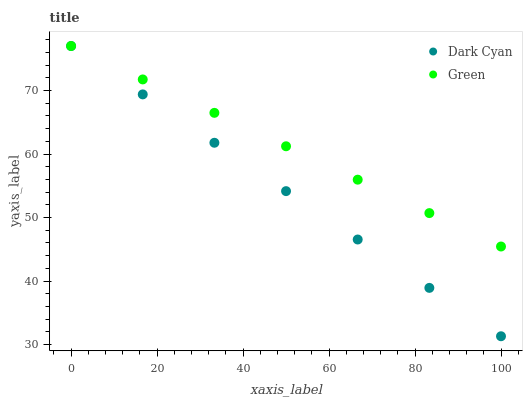
| xaxis_label | Dark Cyan | Green |
 | --- | --- | --- |
 | 0 | 77 | 77 |
 | 16.7 | 69.4 | 71.7 |
 | 33.3 | 61.8 | 66.5 |
 | 50 | 54.2 | 61.2 |
 | 66.7 | 46.5 | 56 |
 | 83.3 | 38.9 | 50.7 |
 | 100 | 31.3 | 45.4 |